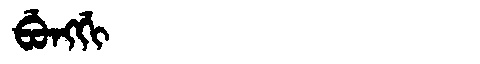
Manchu: ᠪᡠᠩᡤᡳ
Romanization: BUNGGI